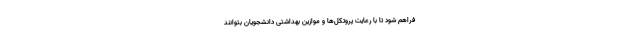
فراهم شود تا با رعایت پروتکل‌ها و موازین بهداشتی دانشجویان بتوانند